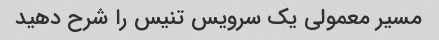
مسیر معمولی یک سرویس تنیس را شرح دهید